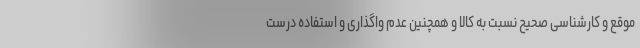
موقع و کارشناسی صحیح نسبت به کالا و همچنین عدم واگذاری و استفاده درست